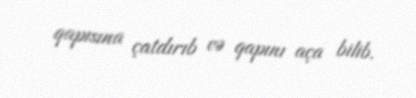
qapısına çatdırıb və qapını aça bilib.